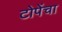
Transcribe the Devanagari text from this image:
टोपेंचा